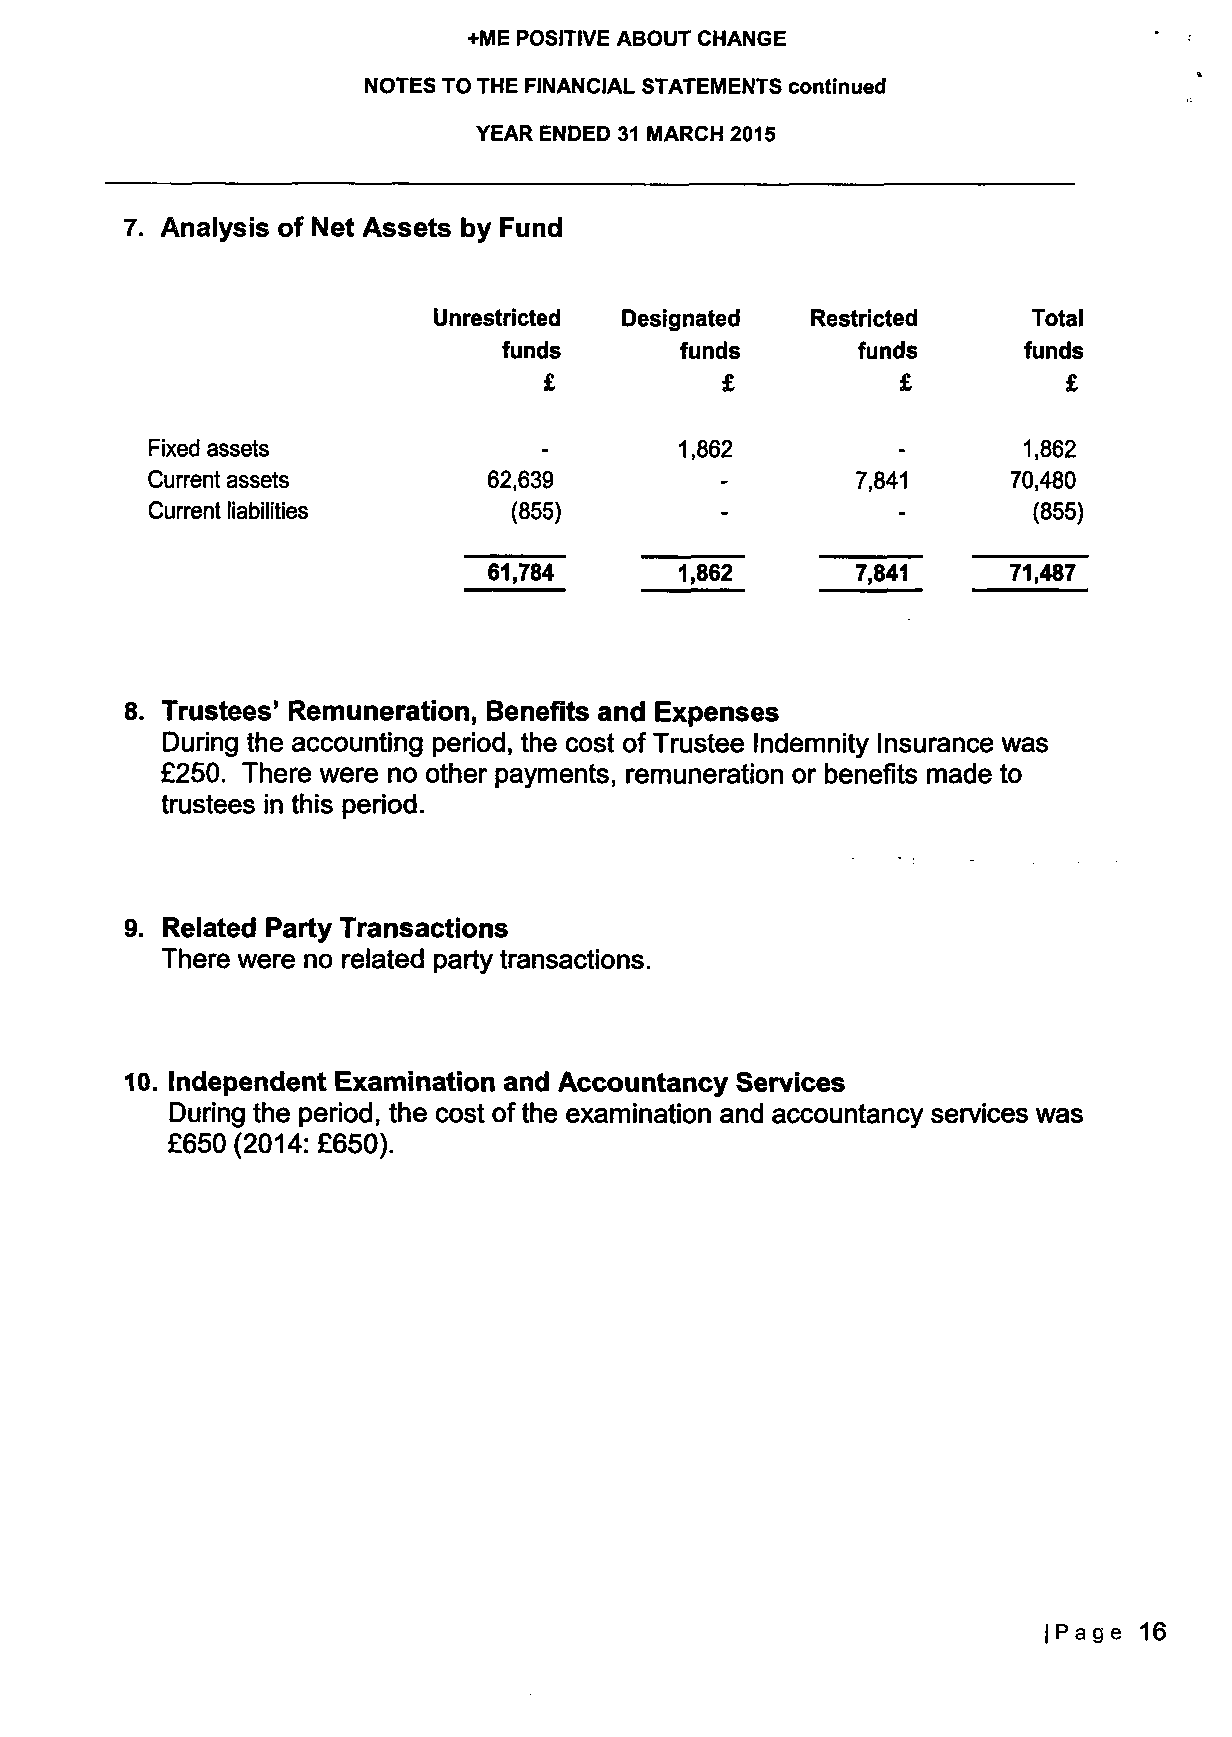
+ME POSITIVE ABOUT CHANGE
 NOTES TO THE FINANCIAL STATEMENTS continued
 YEAR ENDED 31 MARCH 2015
 7. Analysis of Net Assets by Fund
 Unrestricted Designated  Restricted    Total
 funds       funds       funds      funds
 £           £           £          £
 Fixed assets                       1,862                  1,862
 Current assets        62,639                   7,841     70,480
 Current liabilities     (855)                             (855)
 61,784       1,862       7,841     71,487
 8. Trustees' Remuneration, Benefits and Expenses
 During the accounting period, the cost of Trustee Indemnity Insurance was
 £250. There were no other payments, remuneration or benefits made to
 trustees in this period.
 9. Related Party Transactions
 There were no related party transactions.
 10. Independent Examination and Accountancy Services
 During the period, the cost ofthe examination and accountancy services was
 £650 (2014: £650).
 |Page 16